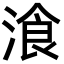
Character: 湌